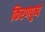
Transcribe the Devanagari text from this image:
किरणपुष्पे